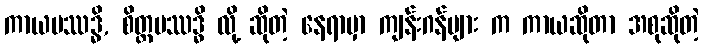
ကာယပဿဒ္ဓိ, စိတ္တပဿဒ္ဓိ လို့ ဆိုတဲ့ နေရာမှာ ကျန်းဂန်များ က ကာယဆိုတာ အစုဆိုတဲ့